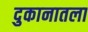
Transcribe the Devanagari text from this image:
दुकानातला